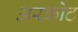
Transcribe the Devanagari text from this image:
अरकोट